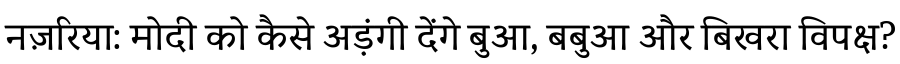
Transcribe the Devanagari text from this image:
नज़रिया: मोदी को कैसे अड़ंगी देंगे बुआ, बबुआ और बिखरा विपक्ष?